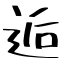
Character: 逅